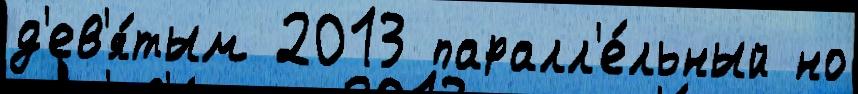
д'ев'я́тым 2013 паралл'е́льный но